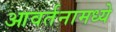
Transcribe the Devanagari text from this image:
आवर्तनामध्ये